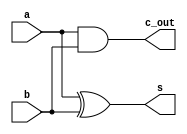
module h_adder(a,b,c_out,s);
input a,b;
output c_out,s;
xor(s,a,b);
and(c_out,a,b);
endmodule